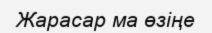
Жарасар ма өзіңе